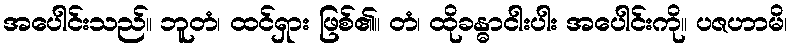
အပေါင်းသည်။ ဘူတံ၊ ထင်ရှား ဖြစ်၏။ တံ၊ ထိုခန္ဓာငါးပါး အပေါင်းကို။ ပဇဟာမိ၊